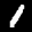
Label: 1